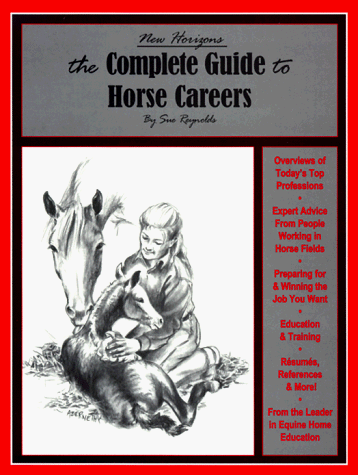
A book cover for The Complete Guide to Horse Careers; Sue Reynolds; Business & Money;